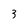
Character: 3